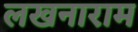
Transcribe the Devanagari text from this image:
लखनाराम